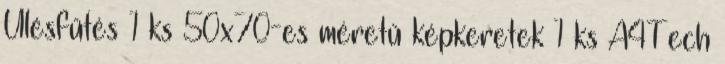
Ülésfűtés 1 ks 50x70-es méretű képkeretek 1 ks A4Tech